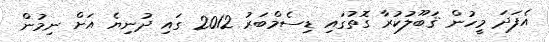
އެފަދަ މީހުން ޤަބޫލުކުރާ ގޮތުގައި ޑިސެމްބަރު 2012 ގައި ދުނިޔެ އަށް ނިމުން